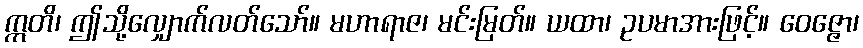
ဣတိ၊ ဤသို့လျှောက်လတ်သော်။ မဟာရာဇ၊ မင်းမြတ်။ ယထာ၊ ဥပမာအားဖြင့်။ ဝေဇ္ဇော၊